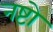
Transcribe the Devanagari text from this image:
नष्टो